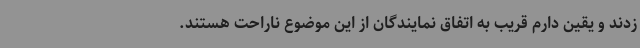
زدند و یقین دارم قریب به اتفاق نمایندگان از این موضوع ناراحت هستند.